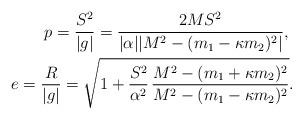
LaTeX: \begin{align*}p = \frac{S^2}{\vert g\vert} = \frac{2MS^2}{\vert \alpha \vert \vert M^2 -(m_1 - \kappa m_2)^2\vert },\ \\ \ e = \frac{R}{\vert g\vert} = \sqrt{1 + \frac{S^2}{\alpha ^2}\hspace*{0.06cm}\frac{M^2 - (m_1 + \kappa m_2)^2}{M^2 - (m_1 - \kappa m_2)^2}}.\end{align*}